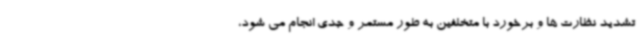
تشدید نظارت ها و برخورد با متخلفین به طور مستمر و جدی انجام می شود،